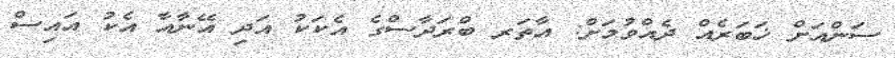
ސަންއަށް ޚަބަރެއް ދެއްވުމަށް: އާތަރ ބްރަދާސްގެ އެކަކު އަދި އޭނާއާ އެކު އައިސް